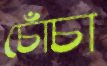
চোঁচা